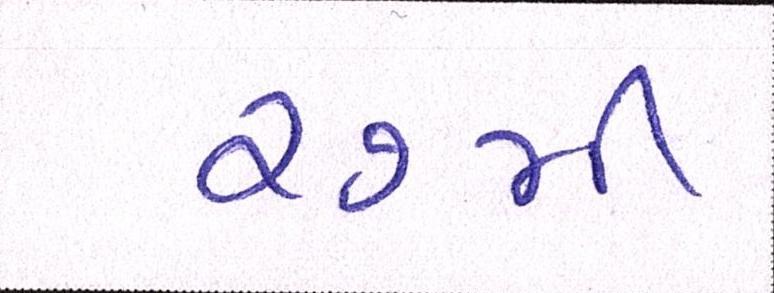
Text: ૨૭મી